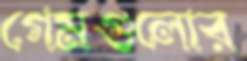
গেমগুলোর